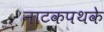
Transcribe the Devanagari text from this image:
नाटकपथके